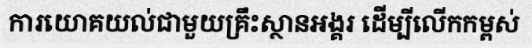
ការយោគយល់ជាមួយគ្រឹះស្ថានអង្គរ ដើម្បីលើកកម្ពស់